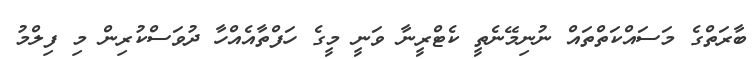
ބާރަތްގެ މަސައްކަތްތައް ނުނިމޭނެތީ ކެޓްރީނާ ވަނީ މީގެ ހަފްތާއެއްހާ ދުވަސްކުރިން މި ފިލްމު